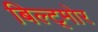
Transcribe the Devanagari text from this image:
बिल्ट्मोर